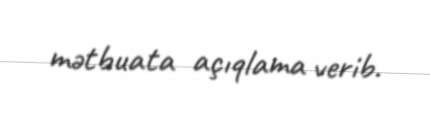
mətbuata açıqlama verib.